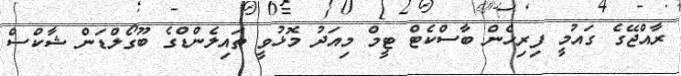
ރާއްޖޭގެ ގައުމީ ފިރިހެން ބާސްކެޓް ޓީމް މިއަދު މޮޅުވީ ތައިލެންޑްގެ ބޫގޯލްޑަން ޝާކްސް